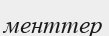
менттер